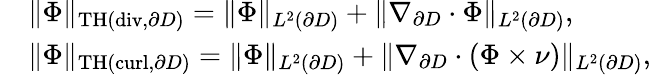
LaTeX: \begin{array}{rl}&{\| {\Phi}\| _{\mathrm{TH}(\mathrm{div},\partial D)}=\| {\Phi}\| _{L^{2}(\partial D)}+\| \nabla_{\partial D}\cdot{\Phi}\| _{L^{2}(\partial D)},}\\ &{\| {\Phi}\| _{\mathrm{TH}(\mathrm{curl},\partial D)}=\| {\Phi}\| _{L^{2}(\partial D)}+\| \nabla_{\partial D}\cdot({\Phi}\times\nu)\| _{L^{2}(\partial D)},}\end{array}